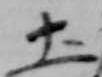
土